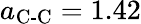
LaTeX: a_{\textrm{C-C}}=1.42